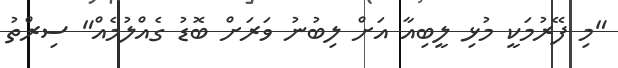
"މި ފޭރުމަކީ މުޅި ލީބިއާ އަށް ލިބުނު ވަރަށް ބޮޑު ގެއްލުމެއް" ސިރްތު